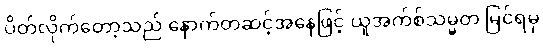
ပိတ်လိုက်တော့သည် နောက်တဆင့်အနေဖြင့် ယူအက်စ်သမ္မတ မြင်ရမှ